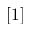
[ 1 ]